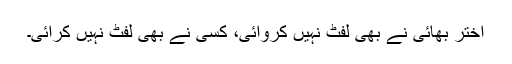
اختر بھائی نے بھی لفٹ نہیں کروائی، کسی نے بھی لفٹ نہیں کرائی۔